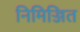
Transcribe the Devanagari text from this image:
निमिज्जित